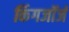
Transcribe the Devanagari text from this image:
किंगजॉर्ज